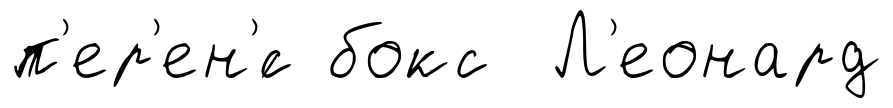
п'ер'ен'́с бокс Л'еонард